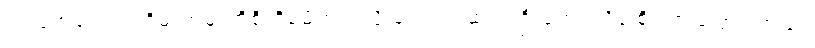
အလုံအလောက်ရှိမလာမှာကိုစိုးရိမ်မိတယ်လို့ ကျောင်းဆရာ ဦးကျော်သိန်းစိုး က ပြောပါတယ်။